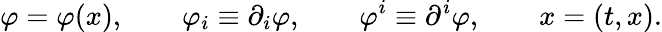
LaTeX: \varphi=\varphi(x),\qquad\varphi_{i}\equiv\partial_{i}\varphi,\qquad\varphi^{i}\equiv\partial^{i}\varphi,\qquad x=(t,x).